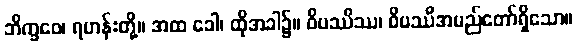
ဘိက္ခဝေ၊ ရဟန်းတို့။ အထ ခေါ၊ ထိုအခါ၌။ ဝိပဿိဿ၊ ဝိပဿီအမည်တော်ရှိသော။